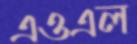
এওএল